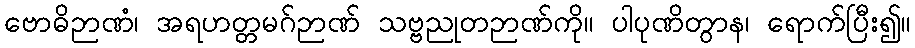
ဗောဓိဉာဏံ၊ အရဟတ္တမဂ်ဉာဏ် သဗ္ဗညုတဉာဏ်ကို။ ပါပုဏိတွာန၊ ရောက်ပြီး၍။